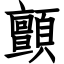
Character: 顫